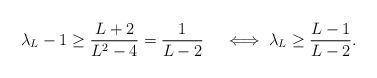
LaTeX: \begin{align*} \lambda_L - 1 \geq \frac{L + 2}{L^2 - 4} = \frac{1}{L - 2} \quad\iff\lambda_L \geq \frac{L - 1}{L - 2}.\end{align*}